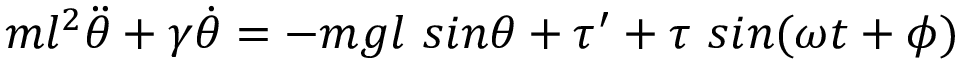
\begin{array} { r } { m l ^ { 2 } \ddot { \theta } + \gamma \dot { \theta } = - m g l ~ s i n \theta + \tau ^ { \prime } + \tau ~ s i n ( \omega t + \phi ) } \end{array}